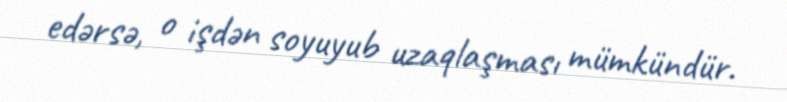
edərsə, o işdən soyuyub uzaqlaşması mümkündür.